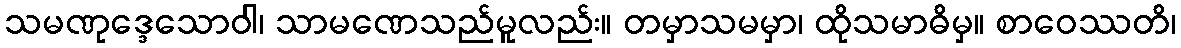
သမဏုဒ္ဒေသောဝါ၊ သာမဏေသည်မူလည်း။ တမှာသမမှာ၊ ထိုသမာဓိမှ။ စာဝေဿတိ၊